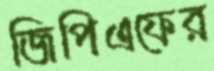
জিপিএফের